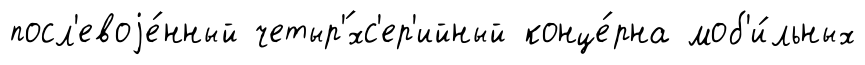
посл'евоjе́нный четыр'́хс'ер'ийный конце́рна моб'и́льных